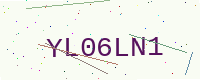
Text: YL06LN1